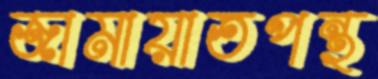
জামায়াতপন্থ